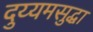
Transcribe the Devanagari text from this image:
दुय्यमसुद्धा